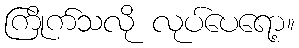
ကြိုက်သလို လုပ်ပေရော့။